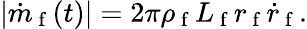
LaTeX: \left\vert\dot{m}_{\mathrm{~f~}}(t)\right\vert=2\pi\rho_{\mathrm{~f~}}L_{\mathrm{~f~}}r_{\mathrm{~f~}}\dot{r}_{\mathrm{~f~}}.